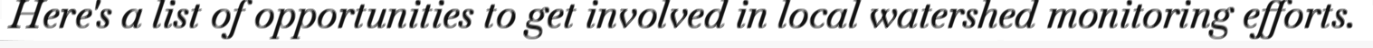
Here's a list of opportunities to get involved in local watershed monitoring efforts.